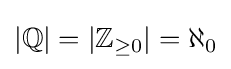
|\mathbb {Q} |=|\mathbb {Z} _{\geq 0}|=\aleph _{0}